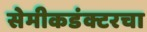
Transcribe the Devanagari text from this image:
सेमीकडंक्टरचा